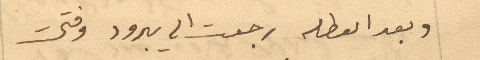
وبعد العطله رجعت الى يبرود وفتحت